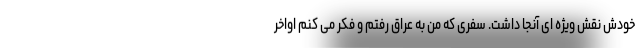
خودش نقش ویژه ای آنجا داشت. سفری که من به عراق رفتم و فکر می کنم اواخر